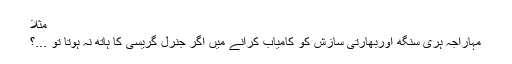
مثلاً
مہاراجہ ہری سنگھ اوربھارتی سازش کو کامیاب کرانے میں اگر جنرل گریسی کا ہاتھ نہ ہوتا تو ...؟